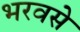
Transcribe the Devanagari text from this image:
भरवसे